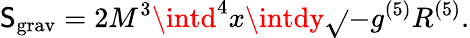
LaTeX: \mathsf{S}_{\mathrm{{grav}}}=2M^{3}\intd^{4}x\intdy\sqrt{}{{-g^{(5)}}}R^{(5)}.